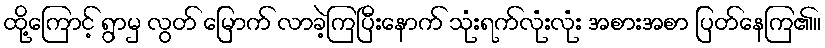
ထို့ကြောင့် ရွာမှ လွတ် မြောက် လာခဲ့ကြပြီးနောက် သုံးရက်လုံးလုံး အစားအစာ ပြတ်နေကြ၏။